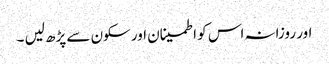
اور روزانہ اس کو اطمینان اور سکون سے پڑھ لیں ۔